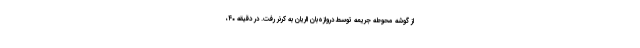
از گوشه محوطه جریمه توسط دروازه‌بان الریان به کرنر رفت. در دقیقه ۴۰،